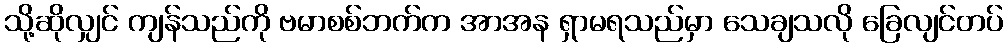
သို့ဆိုလျှင် ကျန်သည်ကို ဗမာစစ်ဘက်က အာအန ရှာမရသည်မှာ သေချသလို ခြေလျင်တပ်